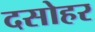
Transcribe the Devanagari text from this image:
दसोहर